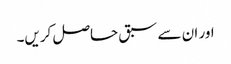
اور ان سے سبق حاصل کریں۔